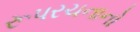
રૂપરચનાનો